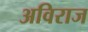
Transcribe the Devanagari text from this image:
अविराज